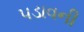
પડાવની